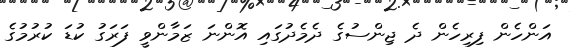
އަންހެން ފިރިހެން ދެ ޖިންސުގެ ދެމެދުގައި އޮންނަ ޒަމާންވީ ފަރަގު ކުޑަ ކުރުމުގެ